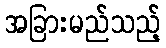
အခြားမည်သည့်